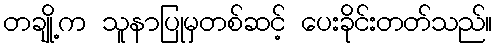
တချို့က သူနာပြုမှတစ်ဆင့် ပေးခိုင်းတတ်သည်။